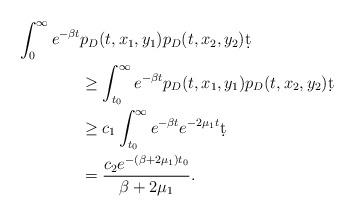
LaTeX: \begin{align*} \int_{0}^{\infty} e^{-\beta t}&p_D(t,x_1,y_1)p_D(t,x_2,y_2) \d t\\ &\geq \int_{t_0}^{\infty} e^{-\beta t}p_D(t,x_1,y_1)p_D(t,x_2,y_2) \d t \\ &\geq c_1 \int_{t_0}^{\infty} e^{-\beta t} e^{-2\mu_1 t} \d t\\ &= \frac{c_2 e^{-(\beta +2\mu_1)t_0}}{\beta+2\mu_1}. \end{align*}